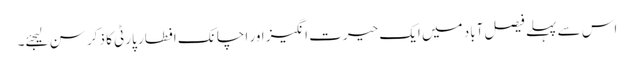
اس سے پہلے فیصل آباد میں ایک حیرت انگیز اور اچانک افطار پارٹی کا ذکر سن لیجئے۔